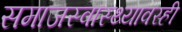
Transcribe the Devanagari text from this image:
समाजस्वास्थ्यावरही